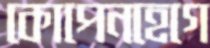
কোপেনহেগে